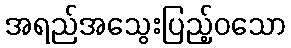
အရည်အသွေးပြည့်ဝသော